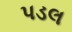
પડલ